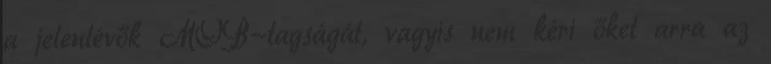
a jelenlévők MOB-tagságát, vagyis nem kéri őket arra az